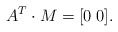
\begin{align*}A^T \cdot M = [ 0 \; 0 ].\end{align*}